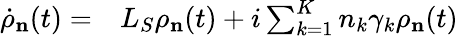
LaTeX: \begin{array}{rl}{{{{\dot{\rho}}}_{\mathbf{n}}}(t)=}&{{}{{L}_{S}}{{\rho}_{\mathbf{n}}}(t)+i\sum_{k=1}^{K}{{{n}_{k}}{{\gamma}_{k}}{{\rho}_{\mathbf{n}}}}(t)}\end{array}